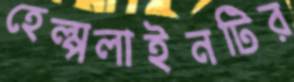
হেল্পলাইনটির